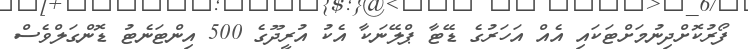
ފޯރުކޮށްދިނުމަށްޓަކައި އެއް އަހަރުގެ ޑޭޓާ ޕްލޭނަކާ އެކު އުރީދޫގެ 500 އިންޓަނެޓު ޑޮންގަލްވެސް